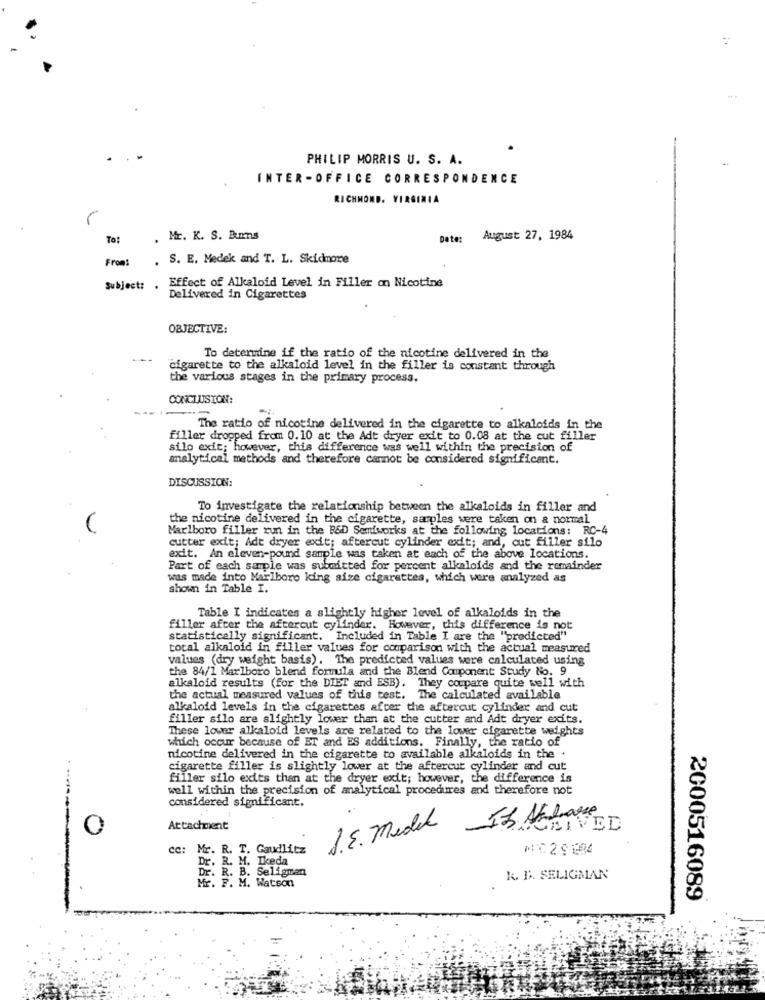
PHILIP MORRIS U. S. A.
INTER-OFFICE CORRESPONDENCE
RICHMOND, VIRGINIA
To:
.
Mr. K. S. Burns
Date:
August 27, 1984
Fromt
. S. E. Medek and T. L. Skidmore
Subject: .
Effect of Alkaloid Level in Filler on Nicotine
Delivered in Cigarettes
OBJECTIVE:
To determine if the ratio of the nicotine delivered in the
cigarette to the alkaloid level in the filler is constant through
the various stages in the primary process.
CONCLUSION:
-
The ratio of nicotine delivered in the cigarette to alkaloids in the
filler dropped from 0.10 at the Adt dryer exit to 0.08 at the cut fil
silo exit; however, this difference was well within the precision of
analytical methods and therefore cannot be considered significant.
DISCUSSION:
To investigate the relationship between the alkaloids in filler and
the nicotine delivered in the cigarette, samples were taken on a normal
Marlboro filler run in the B&D Semiworks at the following locations: RC-4
cutter exit; Adt dryer exit; aftercut cylinder exit; and, cut filler silo
exit. An eleven-pound sample was taken at each of the above locations.
Part of each sample was submitted for percent alkaloids and the remainder
was made into Marlboro king size cigarettes, which were analyzed as
shown in Table I.
Table I indicates a slightly higher level of alkaloids in the
filler after the aftercut cylinder. However, this difference is not
statistically significant. Included in Table I are the "predicted"
total alkaloid in filler values for comparison with the actual measured
values (dry weight basis). The predicted values were calculated using
the 84/1 Marlboro blend formula and the Blend Component Study No. 9
alkaloid results (for the DIET and ESB). They coupare quite well with
the actual measured values of this test. The calculated available
alkaloid levels in the cigarettes after the aftercut cylinder and cut
filler silo are slightly lower than at the cutter and Adt dryer exits.
These lower alkaloid levels are related to the lower cigarette weights
which occur because of ET and ES additions. Finally, the ratio of
nicotine delivered in the cigarette to available alkaloids in the .
cigarette filler is slightly lower at the aftercut cylinder and cut
filler silo exits than at the dryer exit; however, the difference is
well within the precision of analytical procedures and therefore not
considered significant.
1.5. Medel IS Aklasse
O
Attachment
EIVED
cc: Mr. R. T. Gaudlitz
M℃ 29194
Dr. R. M. Ikeda
Dr. R. B. Seligman
Mr. F. M. Watson
k. B. SELIGMAN
2000516089